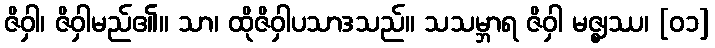
ဇိဝှါ၊ ဇိဝှါမည်၏။ သာ၊ ထိုဇိဝှါပသာဒသည်။ သသမ္ဘာရ ဇိဝှါ မဇ္ဈဿ၊ [၀၁]